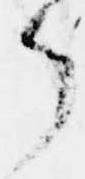
了